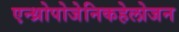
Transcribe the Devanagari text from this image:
एन्थ्रोपोजेनिकहेलोजन